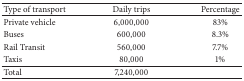
| Type of transport | Daily trips | Percentage |
 | --- | --- | --- |
 | Private vehicle | 6,000,000 | 83% |
 | Buses | 600,000 | 8.3% |
 | Rail Transit | 560,000 | 7.7% |
 | Taxis | 80,000 | 1% |
 | Total | 7,240,000 |  |